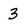
Character: 3